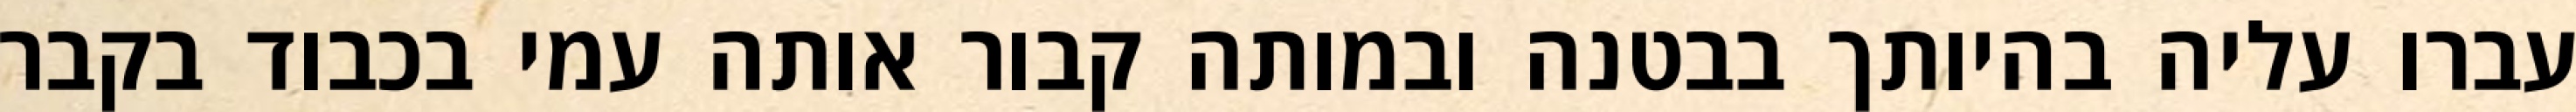
עברו עליה בהיותך בבטנה ובמותה קבור אותה עמי בכבוד בקבר